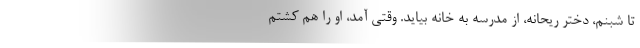
تا شبنم، دختر ریحانه، از مدرسه به خانه بیاید. وقتی آمد، او را هم کشتم